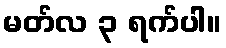
မတ်လ ၃ ရက်ပါ။